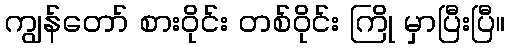
ကျွန်တော် စားဝိုင်း တစ်ဝိုင်း ကြို မှာပြီးပြီ။